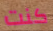
كنت